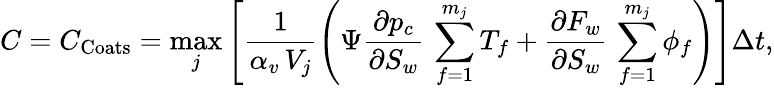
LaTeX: C=C_{\mathrm{Coats}}=\operatorname*{max}_{j}\left[\frac{1}{\alpha_{v}\, V_{j}}\left(\Psi\frac{\partial p_{c}}{\partial S_{w}}\, \sum_{f=1}^{m_{j}}T_{f}+\frac{\partial F_{w}}{\partial S_{w}}\, \sum_{f=1}^{m_{j}}\phi_{f}\right)\right]\Delta t,